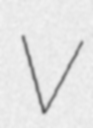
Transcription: V